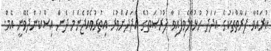
ކުރައްވާ ފަރާތްތަކުގެ އަދަދު ހުޅުވާލެވިފައިވާ ފުރުޞަތުގެ އަދަދަށްވުރެ އިތުރުވެއްޖެނަމަ ދެން އިސްކަންދެވޭނީ އެމް.